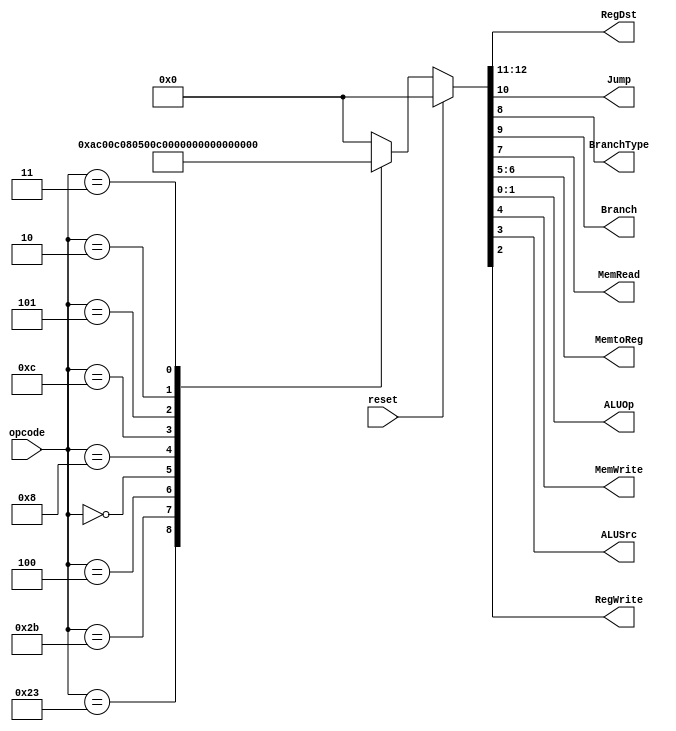
`timescale 1ns / 1ps
//////////////////////////////////////////////////////////////////////////////////
// Company: 
// Engineer: 
// 
// Design Name: 
// Module Name: Control
// Project Name: 
// Target Devices: 
// Tool Versions: 
// Description: 
// 
// Dependencies: 
// 
// Revision:
// Revision 0.01 - File Created
// Additional Comments:
// 
//////////////////////////////////////////////////////////////////////////////////


module Control(RegDst, Jump,BranchType, Branch, MemRead,MemtoReg, ALUOp, MemWrite, ALUSrc, RegWrite, opcode, reset);
parameter LW = 6'h23, SW = 6'h2b, BEQ = 6'h4, RTYPE = 6'h0, ADDI = 6'h8, ANDI = 6'hc,
BNE = 6'h5, J = 6'h2, JAL = 6'h3;
output reg  Jump, Branch, MemRead, MemWrite, ALUSrc,RegWrite, BranchType;
output reg [1:0] ALUOp, MemtoReg, RegDst;
input [5:0] opcode;
input reset;

always @(*) begin
if(reset)
{RegDst[1:0],Jump,Branch,BranchType,MemRead,MemtoReg[1:0],MemWrite,ALUSrc,RegWrite,ALUOp[1:0]} <= 13'b000000000000;
else begin
    case(opcode) 
     LW: begin
            {RegDst[1:0],Jump,Branch,BranchType,MemRead,MemtoReg[1:0],MemWrite,ALUSrc,RegWrite,ALUOp[1:0]} <= 13'b0000010101100;
           end
     SW: begin
           {RegDst[1:0],Jump,Branch,BranchType,MemRead,MemtoReg[1:0],MemWrite,ALUSrc,RegWrite,ALUOp[1:0]} <= 13'b0000000011000;
            end
     BEQ: begin
           {RegDst[1:0],Jump,Branch,BranchType,MemRead,MemtoReg[1:0],MemWrite,ALUSrc,RegWrite,ALUOp[1:0]} <= 13'b0001000000001;
            end
     RTYPE: begin
           {RegDst[1:0],Jump,Branch,BranchType,MemRead,MemtoReg[1:0],MemWrite,ALUSrc,RegWrite,ALUOp[1:0]} <= 13'b0100000000110;
            end
     ADDI: begin
            {RegDst[1:0],Jump,Branch,BranchType,MemRead,MemtoReg[1:0],MemWrite,ALUSrc,RegWrite,ALUOp[1:0]} <= 13'b0000000001100;
            end
     ANDI: begin
            {RegDst[1:0],Jump,Branch,BranchType,MemRead,MemtoReg[1:0],MemWrite,ALUSrc,RegWrite,ALUOp[1:0]} <= 13'b0000000001111;
            end  
     BNE: begin
           {RegDst[1:0],Jump,Branch,BranchType,MemRead,MemtoReg[1:0],MemWrite,ALUSrc,RegWrite,ALUOp[1:0]} <= 13'b0001100000001;
            end
     J: begin
           {RegDst[1:0],Jump,Branch,BranchType,MemRead,MemtoReg[1:0],MemWrite,ALUSrc,RegWrite,ALUOp[1:0]} <= 13'b0010000000011;
            end    
      JAL: begin
               {RegDst[1:0],Jump,Branch,BranchType,MemRead,MemtoReg[1:0],MemWrite,ALUSrc,RegWrite,ALUOp[1:0]} <= 13'b1010001000111;
         end    
      default: begin
      {RegDst[1:0],Jump,Branch,BranchType,MemRead,MemtoReg[1:0],MemWrite,ALUSrc,RegWrite,ALUOp[1:0]} <= 13'b0000000000000;
      end                                                                                                                              
    endcase
end
end
endmodule